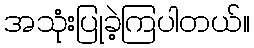
အသုံးပြုခဲ့ကြပါတယ်။